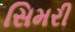
સિમરી